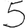
Digit: 5